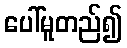
ပေါ်မူတည်၍